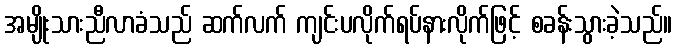
အမျိုးသားညီလာခံသည် ဆက်လက် ကျင်းပလိုက်ရပ်နားလိုက်ဖြင့် စခန်းသွားခဲ့သည်။